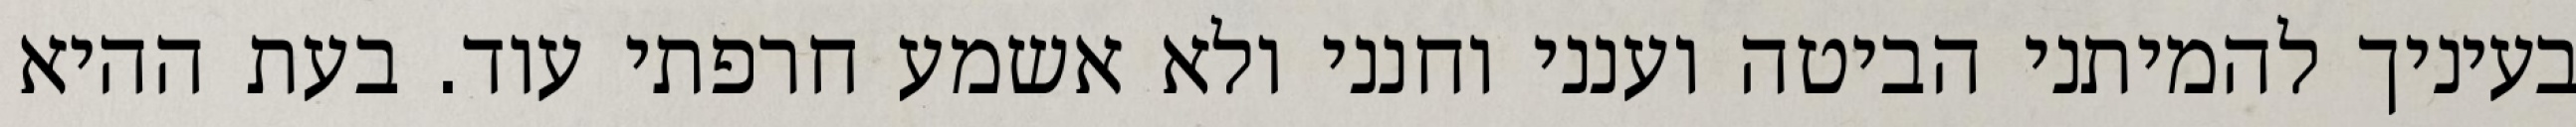
בעיניך להמיתני הביטה וענני וחנני ולא אשמע חרפתי עוד. בעת ההיא